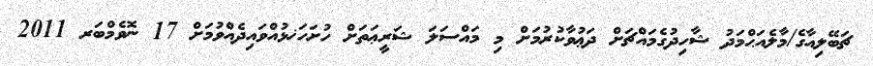
ޗަބޭލިއާގެ/މާލެއަޙްމަދު ޝާހިދުގެމައްޗަށް ދަޢުވާކުރުމަށް މި މައްސަލަ ޝަރީޢަތަށް ހުށަހަޚޅުއްވައިދެއްވުމަށް 17 ނޮވެމްބަރ 2011